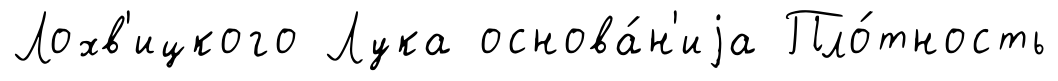
Лохв'ицкого Лука основа́н'иjа Пло́тность